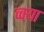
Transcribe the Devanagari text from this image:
व्क्या